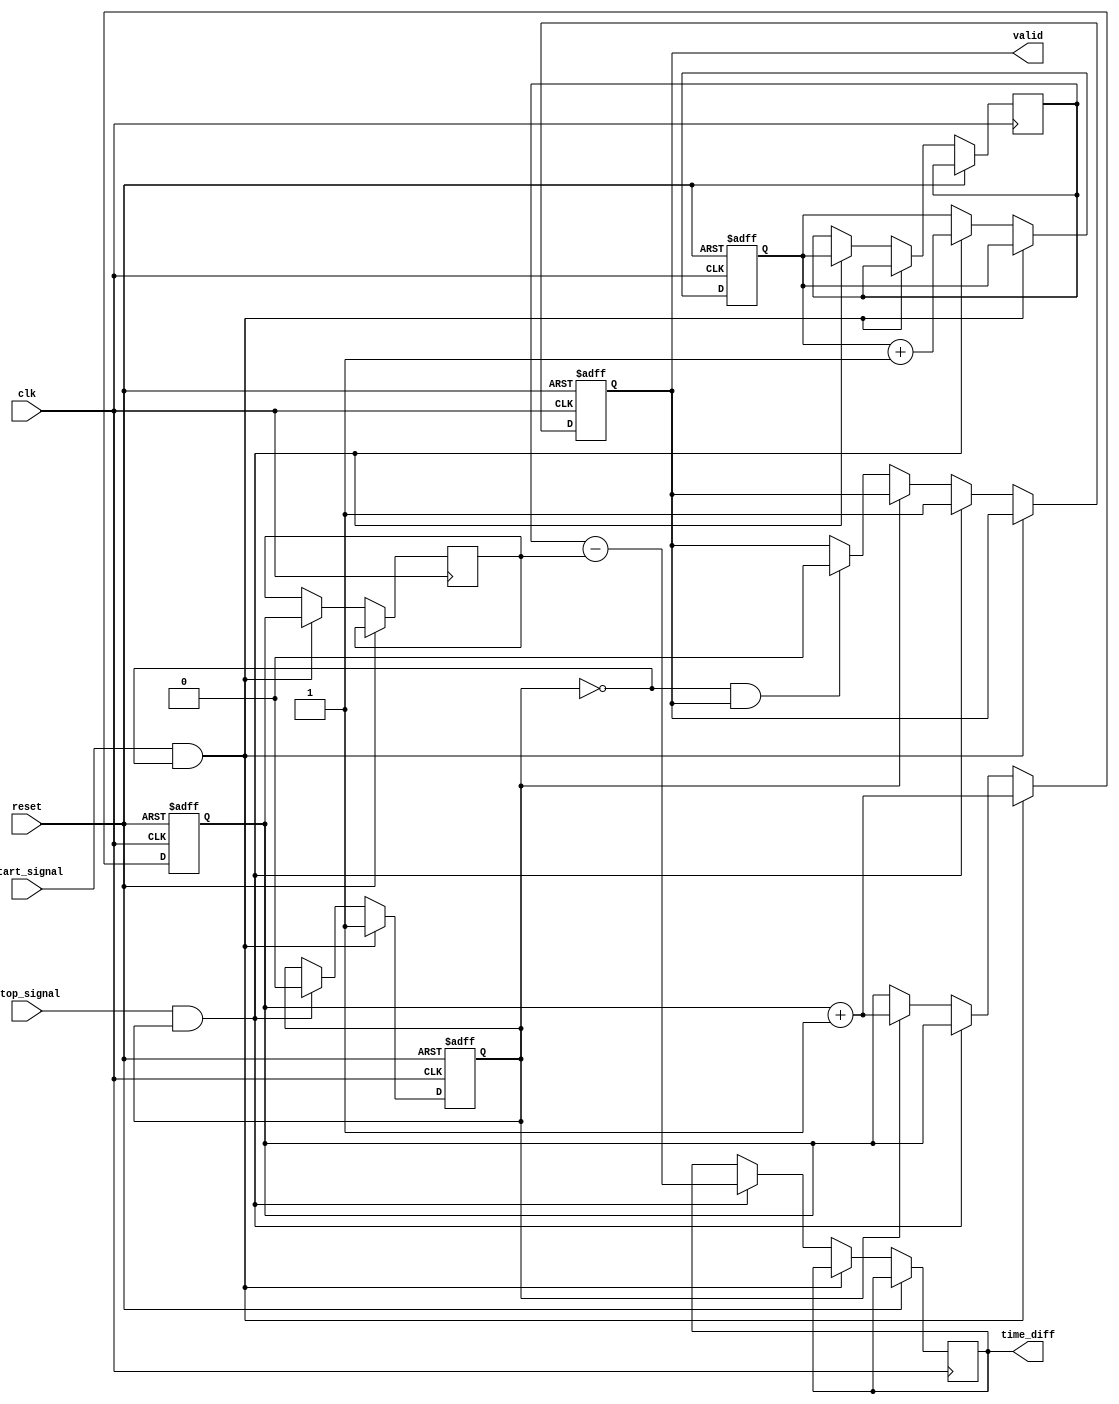
module TDC (
    input wire clk,               // High-frequency clock
    input wire reset,             // Asynchronous reset
    input wire start_signal,      // Start signal
    input wire stop_signal,       // Stop signal
    output reg [31:0] time_diff,  // Output time difference
    output reg valid              // Output valid flag
);

    // State definitions
    reg [31:0] start_time;        // Start time stamp
    reg [31:0] stop_time;         // Stop time stamp
    reg measuring;                // Measuring state flag

    // Memory block (simple register array for time stamps)
    reg [31:0] memory [0:1];      // Memory to store start and stop time stamps

    // Time Measurement Unit (TMU)
    always @(posedge clk or posedge reset) begin
        if (reset) begin
            start_time <= 32'b0;
            stop_time <= 32'b0;
            measuring <= 1'b0;
            valid <= 1'b0;
        end else begin
            if (start_signal && !measuring) begin
                measuring <= 1'b1;
                start_time <= start_time + 1; // Increment on each clock cycle
                memory[0] <= start_time;       // Store start time
            end else if (stop_signal && measuring) begin
                measuring <= 1'b0;
                stop_time <= stop_time + 1;   // Increment on each clock cycle
                memory[1] <= stop_time;        // Store stop time
                time_diff <= memory[1] - memory[0]; // Calculate time difference
                valid <= 1'b1;                 // Set valid flag
            end else if (measuring) begin
                start_time <= start_time + 1; // Increment start time if measuring
            end else if (!measuring && valid) begin
                valid <= 1'b0;                 // Clear valid flag after reading
            end
        end
    end

endmodule